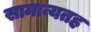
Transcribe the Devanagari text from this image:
सामान्यतह